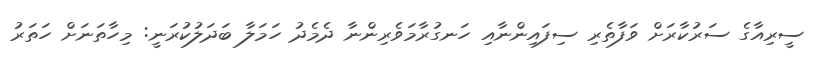
ސީރިއާގެ ސަރުކާރަށް ވަފާތެރި ސިފައިންނާއި ހަނގުރާމަވެރިންނާ ދެމެދު ހަމަލާ ބަދަލުކުރަނީ: މިހާތަނަށް ހަތަރު